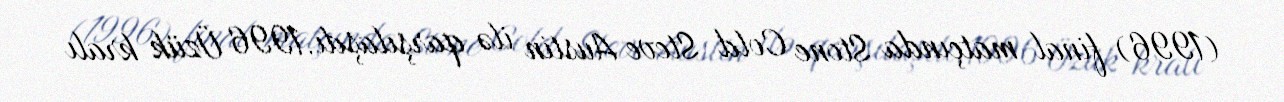
(1996) final matçında Stone Cold Steve Austin ilə qarşılaşdı.1996 Üzük kralı